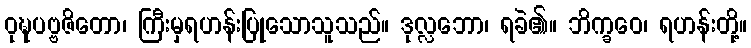
ဝုဍ္ဎပဗ္ဗဇိတော၊ ကြီးမှရဟန်းပြုသောသူသည်။ ဒုလ္လဘော၊ ရခဲ၏။ ဘိက္ခဝေ၊ ရဟန်းတို့။